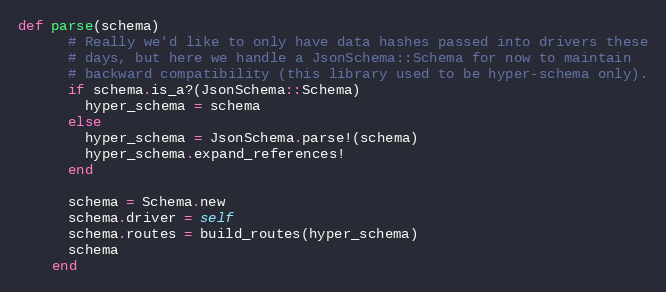
Language: Ruby
def parse(schema)
      # Really we'd like to only have data hashes passed into drivers these
      # days, but here we handle a JsonSchema::Schema for now to maintain
      # backward compatibility (this library used to be hyper-schema only).
      if schema.is_a?(JsonSchema::Schema)
        hyper_schema = schema
      else
        hyper_schema = JsonSchema.parse!(schema)
        hyper_schema.expand_references!
      end

      schema = Schema.new
      schema.driver = self
      schema.routes = build_routes(hyper_schema)
      schema
    end